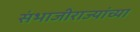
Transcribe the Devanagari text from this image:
संभाजीराज्यांच्या